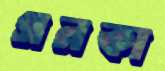
গনকা